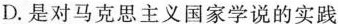
D.是对马克思主义国家学说的实践